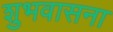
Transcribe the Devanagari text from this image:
शुभवासना